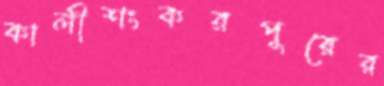
কালীশংকরপুরের